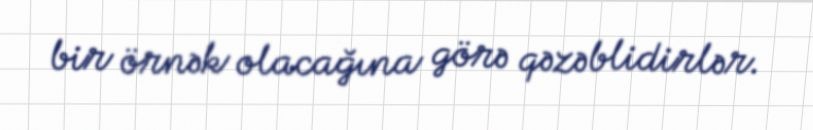
bir örnək olacağına görə qəzəblidirlər.